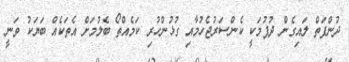
ދުންފަތް ލައިގެން ދުފުމަކީ ކެންސަރުޖެހުމާއި ގުޅުންހުރި ކަމެއްތޯ ބެލުމަށް އެތަކެއް ބަޔަކު ވަނީ